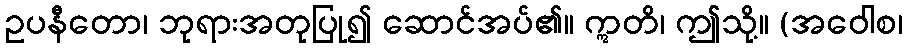
ဥပနီတော၊ ဘုရားအတုပြု၍ ဆောင်အပ်၏။ ဣတိ၊ ဤသို့။ (အဝေါစ၊